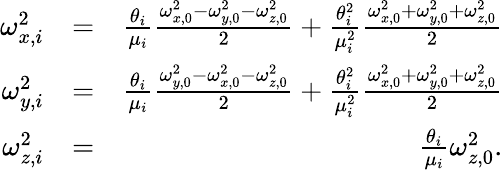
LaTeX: \begin{array}{rlr}{\omega_{x,i}^{2}}&{=}&{\frac{\theta_{i}}{\mu_{i}}\frac{\omega_{x,0}^{2}-\omega_{y,0}^{2}-\omega_{z,0}^{2}}{2}+\frac{\theta_{i}^{2}}{\mu_{i}^{2}}\frac{\omega_{x,0}^{2}+\omega_{y,0}^{2}+\omega_{z,0}^{2}}{2}}\\ {\omega_{y,i}^{2}}&{=}&{\frac{\theta_{i}}{\mu_{i}}\frac{\omega_{y,0}^{2}-\omega_{x,0}^{2}-\omega_{z,0}^{2}}{2}+\frac{\theta_{i}^{2}}{\mu_{i}^{2}}\frac{\omega_{x,0}^{2}+\omega_{y,0}^{2}+\omega_{z,0}^{2}}{2}}\\ {\omega_{z,i}^{2}}&{=}&{\frac{\theta_{i}}{\mu_{i}}\omega_{z,0}^{2}\mathrm{.}}\end{array}